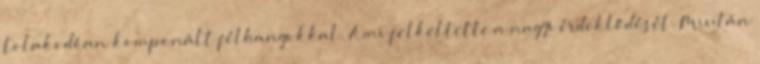
tolakodóan komponált félhangokkal. Ami felkeltette a nagyi érdeklődését. Miután